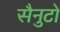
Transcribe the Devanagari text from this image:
सैनुटो